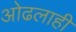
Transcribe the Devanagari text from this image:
ओढलाही